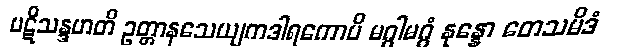
ပဋိသန္ဒဟတိ ဥတ္တာနသေယျကဒါရကောပိ မဂ္ဂါမဂ္ဂံ နုန္နော တေသမိဒံ